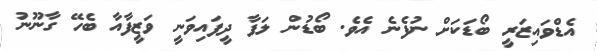
އެޑްވައިޒަރީ ބޯޑަކަށް ނުފެނެ އެވެ. ބޯޑުން ލަފާ ދީފައިވަނީ ވަޒީފާއާ ބެހޭ ގާނޫނު